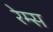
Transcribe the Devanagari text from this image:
रेम्स